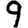
Digit: 9